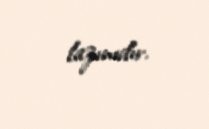
lazımdır.